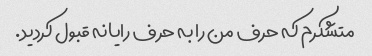
متشکرم که حرف من را به حرف رایانه قبول کردید.